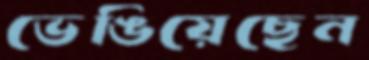
ভেঙিয়েছেন